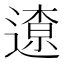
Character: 𨖚